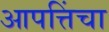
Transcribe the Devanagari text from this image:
आपत्तिंचा